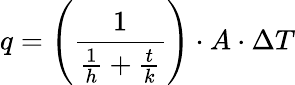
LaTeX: q=\left({\frac{1}{{\frac{1}{h}}+{\frac{t}{k}}}}\right)\cdot A\cdot\Delta T